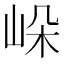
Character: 𡷔